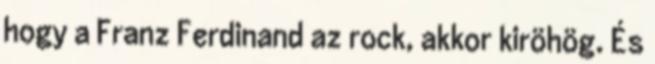
hogy a Franz Ferdinand az rock, akkor kiröhög. És